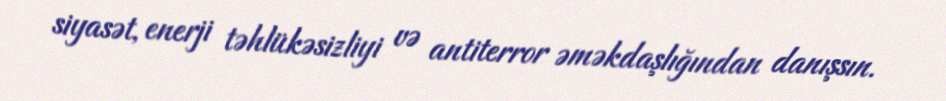
siyasət, enerji təhlükəsizliyi və antiterror əməkdaşlığından danışsın.